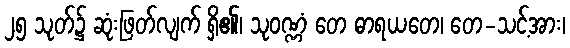
၂၅ သုတ်၌ ဆုံးဖြတ်လျက် ရှိ၏၊ သုဝဏ္ဏံ တေ ဓာရယတေ၊ တေ-သင့်အား၊